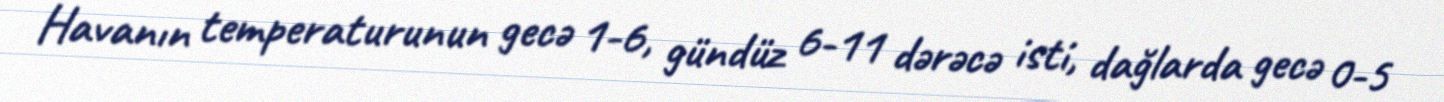
Havanın temperaturunun gecə 1-6, gündüz 6-11 dərəcə isti, dağlarda gecə 0-5